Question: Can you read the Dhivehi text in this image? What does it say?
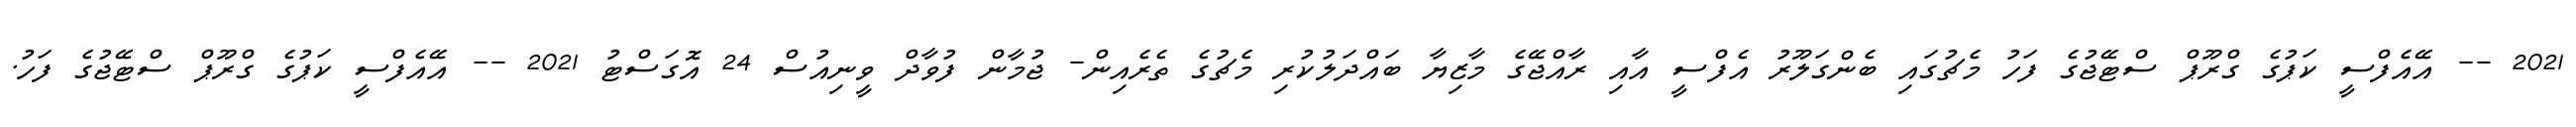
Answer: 2021 -- އޭއެފްސީ ކަޕުގެ ގްރޫޕް ސްޓޭޖުގެ ފަހު މެޗުގައި ބެންގަލޫރު އެފްސީ އާއި ރާއްޖޭގެ މާޒިޔާ ބައްދަލުކުރި މެޗުގެ ތެރެއިން- ޖުމާން ފުވާދް ވީނިއުސް 24 އޮގަސްޓު 2021 -- އޭއެފްސީ ކަޕުގެ ގްރޫޕް ސްޓޭޖުގެ ފަހު.